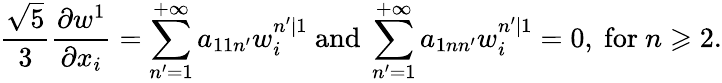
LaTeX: \frac{\sqrt{5}}{3}\frac{\partial w^{1}}{\partial x_{i}}=\sum_{n^{\prime}=1}^{+\infty}a_{11n^{\prime}}w_{i}^{n^{\prime}|1}\mathrm{~and~}\sum_{n^{\prime}=1}^{+\infty}a_{1nn^{\prime}}w_{i}^{n^{\prime}|1}=0,\mathrm{~for~}n\geqslant 2.